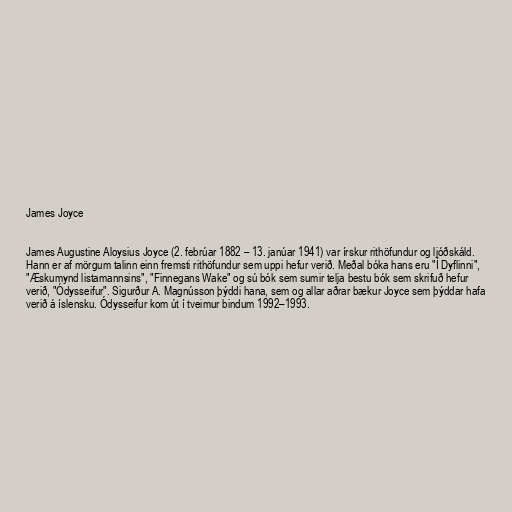
James Joyce

James Augustine Aloysius Joyce (2. febrúar 1882 – 13. janúar 1941) var írskur rithöfundur og ljóðskáld.
Hann er af mörgum talinn einn fremsti rithöfundur sem uppi hefur verið. Meðal bóka hans eru "Í Dyflinni",
"Æskumynd listamannsins", "Finnegans Wake" og sú bók sem sumir telja bestu bók sem skrifuð hefur
verið, "Ódysseifur". Sigurður A. Magnússon þýddi hana, sem og allar aðrar bækur Joyce sem þýddar hafa
verið á íslensku. Ódysseifur kom út í tveimur bindum 1992–1993.